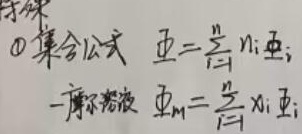
1. 集合公式
\[\varPhi=\sum_{i = 1}^{k}n_{i}\varPhi_{i}\]
 - 摩尔溶液
\[\varPhi_{m}=\sum_{i = 1}^{k}x_{i}\varPhi_{i}\]